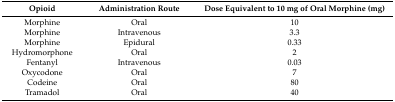
<table><thead><tr><td><b>Opioid</b></td><td><b>Administration Route</b></td><td><b>Dose Equivalent to 10 mg of Oral Morphine (mg)</b></td></tr></thead><tbody><tr><td>Morphine</td><td>Oral</td><td>10</td></tr><tr><td>Morphine</td><td>Intravenous</td><td>3.3</td></tr><tr><td>Morphine</td><td>Epidural</td><td>0.33</td></tr><tr><td>Hydromorphone</td><td>Oral</td><td>2</td></tr><tr><td>Fentanyl</td><td>Intravenous </td><td>0.03</td></tr><tr><td>Oxycodone</td><td>Oral</td><td>7</td></tr><tr><td>Codeine</td><td>Oral</td><td>80</td></tr><tr><td>Tramadol</td><td>Oral</td><td>40</td></tr></tbody></table>